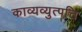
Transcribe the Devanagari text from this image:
काव्यव्युत्पत्ति